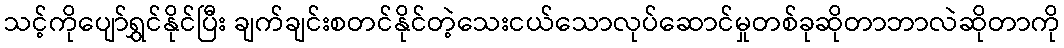
သင့်ကိုပျော်ရွှင်နိုင်ပြီး ချက်ချင်းစတင်နိုင်တဲ့သေးငယ်သောလုပ်ဆောင်မှုတစ်ခုဆိုတာဘာလဲဆိုတာကို